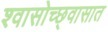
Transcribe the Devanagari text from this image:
श्वासोच्छ्वासात